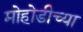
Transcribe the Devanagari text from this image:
मोहोडीच्या